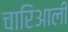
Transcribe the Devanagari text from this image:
चारिआली